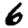
Digit: 6